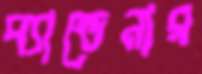
ব্যান্ডেনার